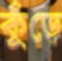
কুঁড়ে